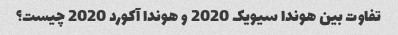
تفاوت بین هوندا سیویک 2020 و هوندا آکورد 2020 چیست؟